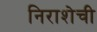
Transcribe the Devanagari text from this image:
निराशेची